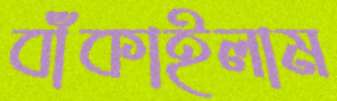
বাঁকাইলাম